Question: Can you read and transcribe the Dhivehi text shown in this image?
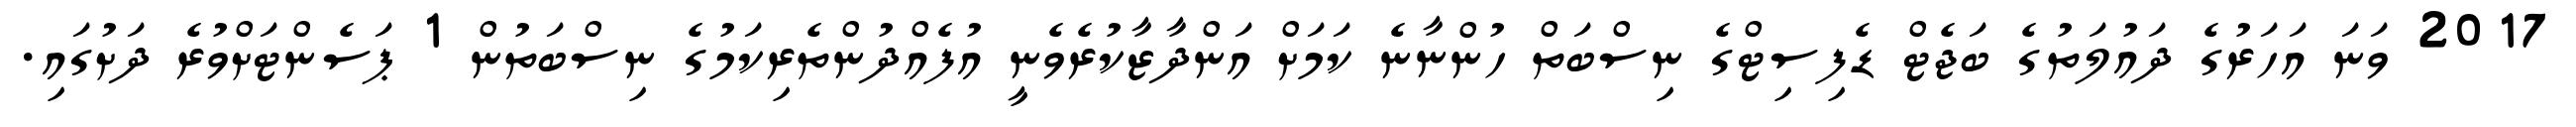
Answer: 2017 ވަނަ އަހަރުގެ ދައުލަތުގެ ބަޖެޓް ޑެފިސިޓްގެ ނިސްބަތް ހުންނާނެ ކަމަށް އަންދާޒާކުރެވެނީ އުފެއްދުންތެރިކަމުގެ ނިސްބަތުން 1 ޕަސެންޓަށްވުރެ ދަށުގައި.